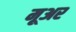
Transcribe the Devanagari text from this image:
मूअर